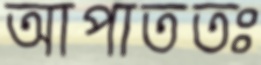
আপাততঃ